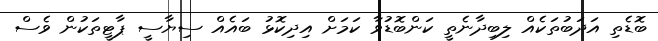
ބޮޑެތި އަދަބުތަކެއް ލިބިދާނެތީ ކަންބޮޑުވާ ކަމަށް އިދިކޮޅު ބައެއް ސިޔާސީ ޕާޓީތަކުން ވެސް